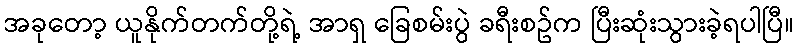
အခုတော့ ယူနိုက်တက်တို့ရဲ့ အာရှ ခြေစမ်းပွဲ ခရီးစဥ်က ပြီးဆုံးသွားခဲ့ရပါပြီ။